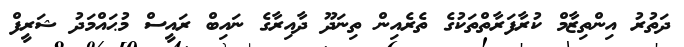
ދަތުރު އިންތިޒާމް ކުރާފަރާތްތަކުގެ ތެރެއިން ތިނަދޫ ދާއިރާގެ ނައިބް ރައީސް މުޙައްމަދު ޝަރީފް